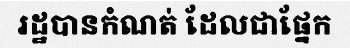
រដ្ឋបានកំណត់ ដែលជាផ្នែក